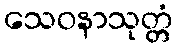
သေဝနာသုတ္တံ